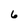
Character: 6